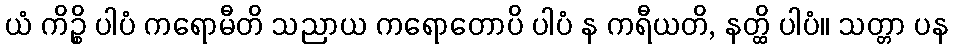
ယံ ကိဉ္စိ ပါပံ ကရောမီတိ သညာယ ကရောတောပိ ပါပံ န ကရီယတိ, နတ္ထိ ပါပံ။ သတ္တာ ပန